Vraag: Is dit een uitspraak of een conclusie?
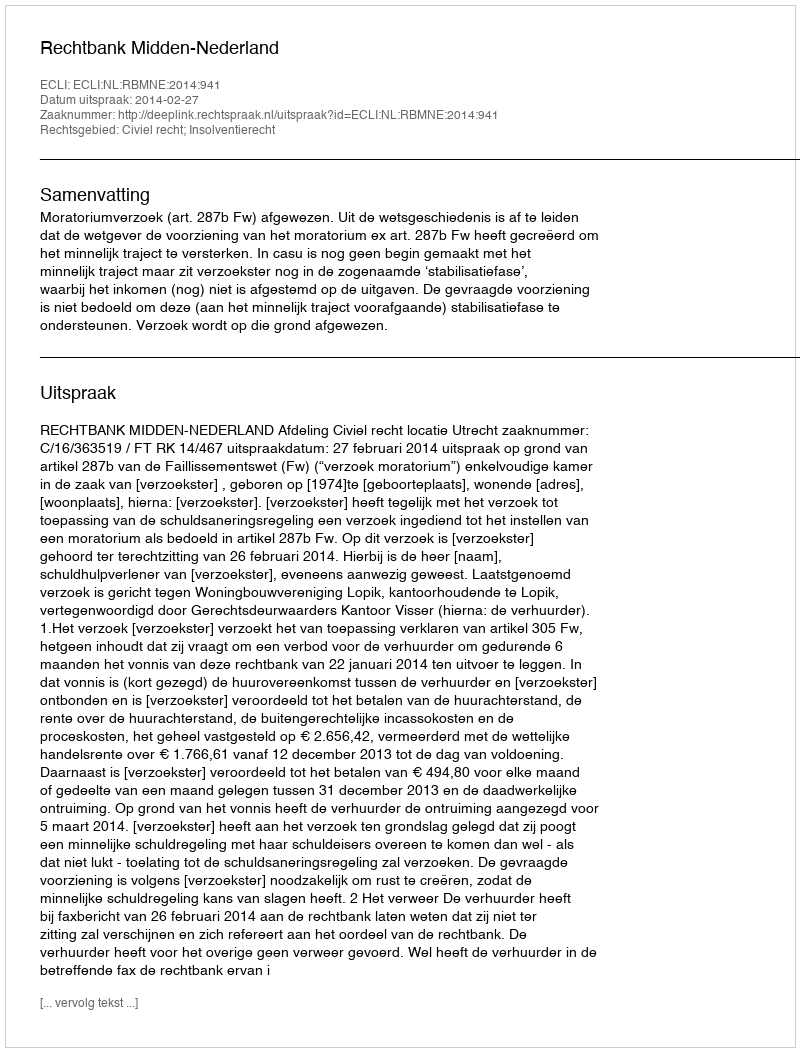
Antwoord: Uitspraak